Annual returns of the Patna Lunatic Asylum at Bankipore in Bihar and Orissa - 1912-1924
Year: 1912
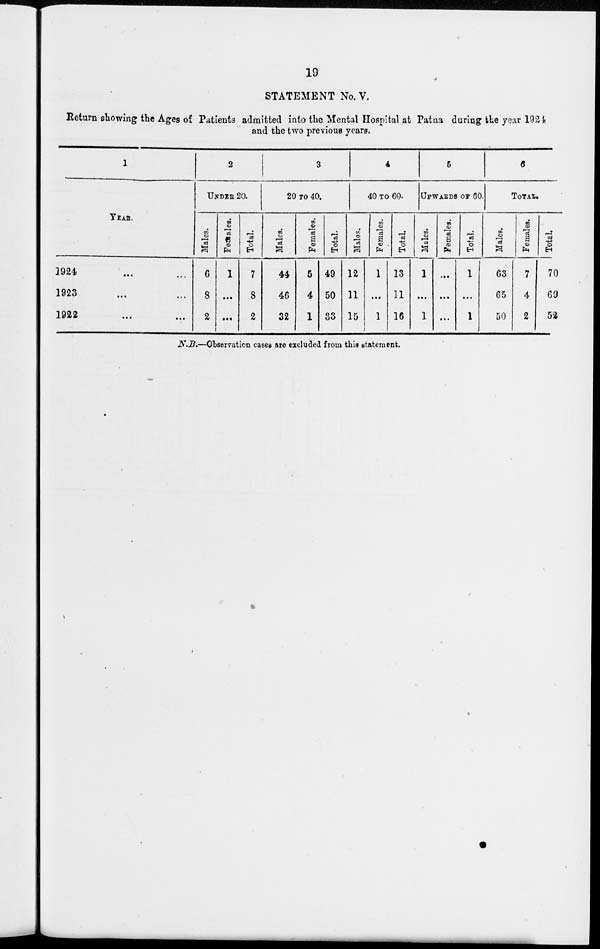
19
STATEMENT No.V.
Return showing the Ages of Patients admitted into the Mental Hospital at Patna during the year 1924
and the two previous years.
1
YEAR.
1924 ... ...
1923 ... ...
1922
...
...
2
UNDER 20.
Males.
6
8
2
Females.
1
...
...
Total.
7
8
2
3
20 TO 40.
Males.
44
46
32
Females.
5
4
1
Total.
49
50
33
4
40 TO 60.
Males.
12
11
15
Females.
1
...
1
Total
13
11
16
5
UPWARDS OF 60
Males.
1
...
1
Females.
...
...
...
Total.
1
...
1
6
TOTAL.
Males.
63
65
50
Females.
7
4
2
Total.
70
69
52
N.B.—Observation cases are excluded from this statement.